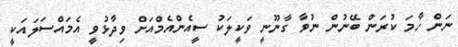
ނަން ހާމަ ކުރަން ބޭނުން ނުވާ ގާނޫނީ ވަކީލަކު ސީއެންއެމްއަށް ވިދާޅުވީ އެމައްސަލައަކީ